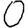
Digit: 0